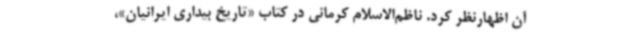
آن اظهارنظر کرد. ناظم‌الاسلام کرمانی در کتاب «تاریخ بیداری ایرانیان»،